Indian journal of veterinary science and animal husbandry - Volumes 26-27, 1956-1957
Year: 1956
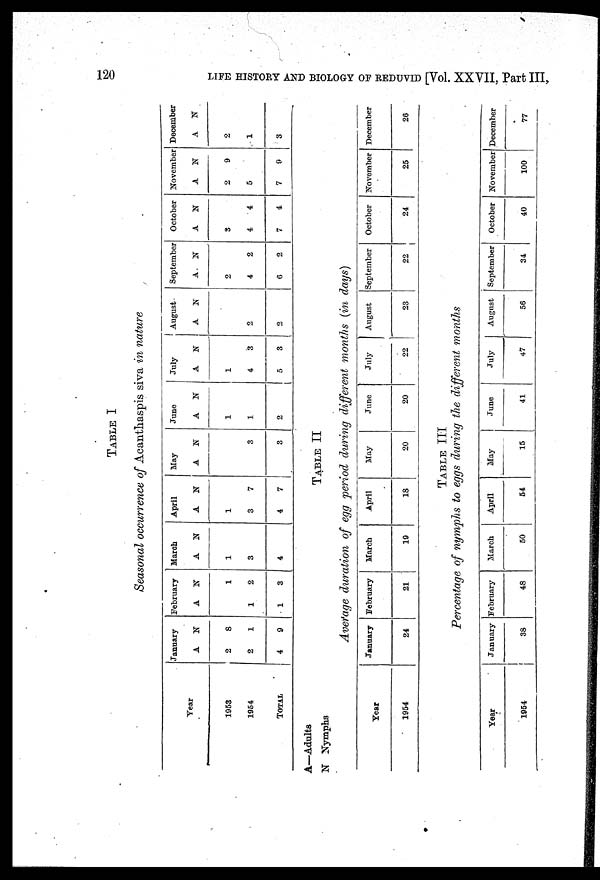
120
LIFE HISTORY AND BIOLOGY OF REDUVID [Vol. XXVII, Part III,
TABLE I
Seasonal occurrence of Acanthaspis siva in nature
Year
1953
1964
TOTAL
January
A
2
2
4
N
8
1
9
February
A
1
1
N
1
2
3
March
A
1
3
4
N
April
A
1
3
4
N
7
7
May
A
N
3
3
June
A
1
1
2
N
July
A
1
4
5
N
3
3
August
A
2
2
N
September
A.
2
4
6
N
2
2
October
A
3
4
7
N
4
4
November
A
2
5
7
N
9
9
December
A
2
1
3
N
A—Adults
N Nymphs
TABLE II
Average duration of egg period during different months (in days)
Tear
1954
January
24
February
21
March
19
April
18
May
20
June
20
July
22
August
23
September
22
October
24
November
25
December
26
TABLE III
Percentage of nymphs to eggs during the different months
Year
1954
January
38
February
48
March
50
April
54
May
15
June
41
July
47
August
56
September
34
October
40
November
100
December
77